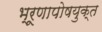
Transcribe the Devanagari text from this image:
भ्रूणापोषयुक्त